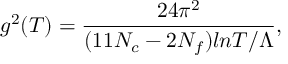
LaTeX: g ^ { 2 } ( T ) = \frac { 2 4 \pi ^ { 2 } } { ( 1 1 N _ { c } - 2 N _ { f } ) l n T / \Lambda } ,